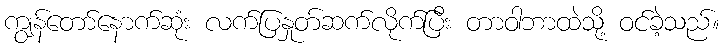
ကျွန်တော်နောက်ဆုံး လက်ပြနှုတ်ဆက်လိုက်ပြီး တာဝါဘာထဲသို့ ဝင်ခဲ့သည်။